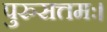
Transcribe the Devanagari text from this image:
पुरुसत्तमः।